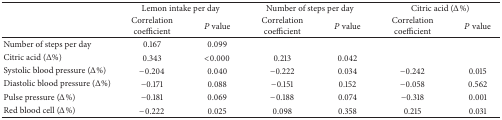
| <ROWSPAN=2>  | <COLSPAN=2> Lemon intake per day | <COLSPAN=2> Number of steps per day | <COLSPAN=2> Citric acid (Δ%) |
 | Correlation coefficient | P value | Correlation coefficient | P value | Correlation coefficient | P value |
 | --- | --- | --- | --- | --- | --- | --- |
 | Number of steps per day | 0.167 | 0.099 |  |  |  |  |
 | Citric acid (Δ%) | 0.343 | <0.000 | 0.213 | 0.042 |  |  |
 | Systolic blood pressure (Δ%) | −0.204 | 0.040 | −0.222 | 0.034 | −0.242 | 0.015 |
 | Diastolic blood pressure (Δ%) | −0.171 | 0.088 | −0.151 | 0.152 | −0.058 | 0.562 |
 | Pulse pressure (Δ%) | −0.181 | 0.069 | −0.188 | 0.074 | −0.318 | 0.001 |
 | Red blood cell (Δ%) | −0.222 | 0.025 | 0.098 | 0.358 | 0.215 | 0.031 |